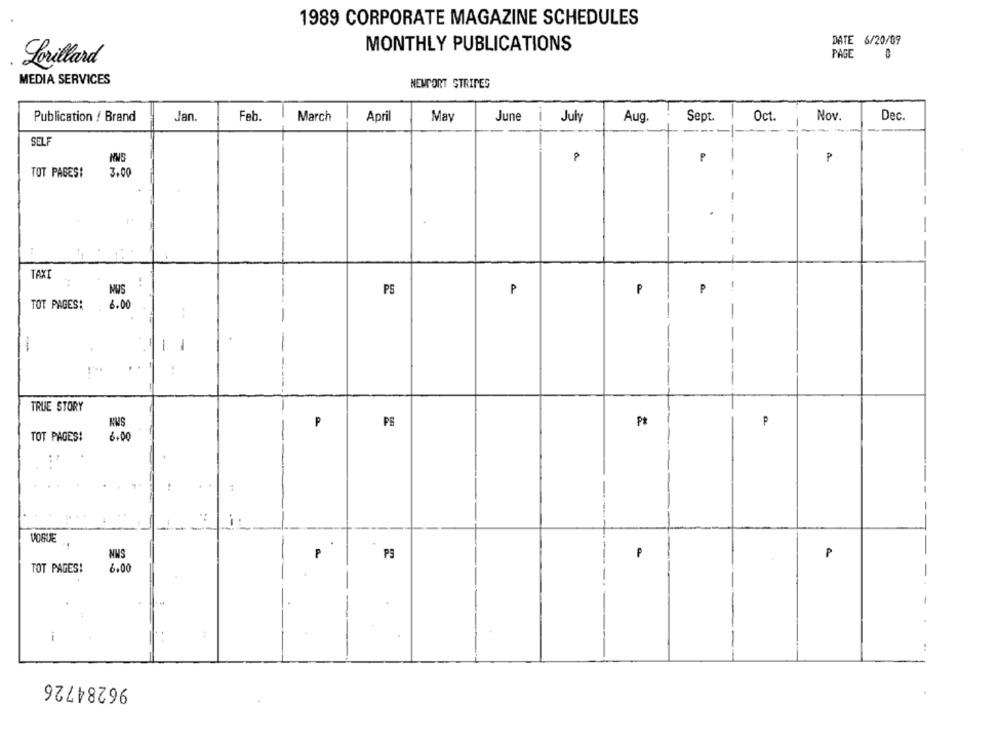
1989 CORPORATE MAGAZINE SCHEDULES
DATE 6/20/89
MONTHLY PUBLICATIONS
PAGE
Lorillard
MEDIA SERVICES
NEWPORT STRIPES
Publication / Brand
Jan.
Feb.
March
April
May
June
July
Aug.
Sept.
Oct.
Nov.
Dec.
SEL
P
P
P
TOT PAGES!
3,00
TAXI
P
P
PS
P
6.00
TOT PAGES!
-
1 1
..
TRUE STORY
KWS
PS
Pt
TOT PAGES!
6,00
VOGUE
NWS
P
PS
P
TOT PAGES!
6.00
i
96284726